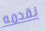
نقدمه